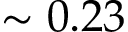
\sim 0 . 2 3